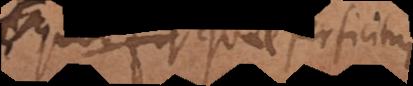
fit quae perficitur